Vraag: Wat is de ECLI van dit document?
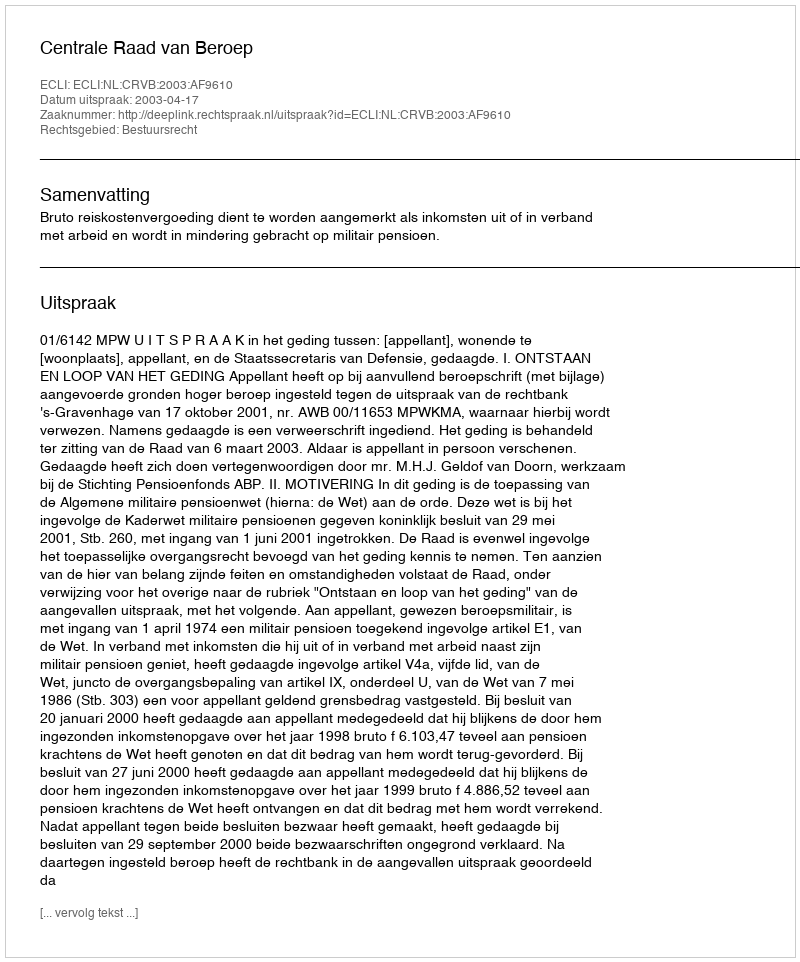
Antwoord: ECLI:NL:CRVB:2003:AF9610